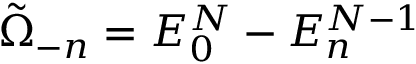
\tilde { \Omega } _ { - n } = E _ { 0 } ^ { N } - E _ { n } ^ { N - 1 }